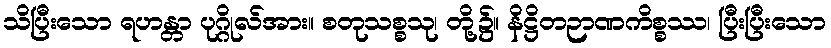
သိပြီးသော ရဟန္တာ ပုဂ္ဂိုလ်အား။ စတုသစ္စသု၊ တို့၌။ နိဋ္ဌိတဉာဏကိစ္စဿ၊ ပြီးပြီးသော